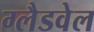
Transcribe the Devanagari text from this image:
ग्लैडवेल